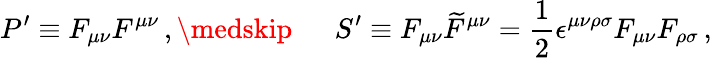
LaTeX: P^{\prime}\equiv F_{\mu\nu}F^{\mu\nu}\, ,\medskip\, \ \ \, \ \ \, S^{\prime}\equiv F_{\mu\nu}\widetilde{F}^{\mu\nu}=\frac{1}{2}\epsilon^{\mu\nu\rho\sigma}F_{\mu\nu}F_{\rho\sigma}\, ,